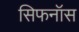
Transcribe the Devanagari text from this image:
सिफनॉस